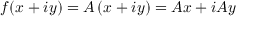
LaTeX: f ( x + i y ) = A \, ( x + i y ) = A x + i A y